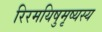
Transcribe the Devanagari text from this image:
रिरमयिषुमृष्यस्य